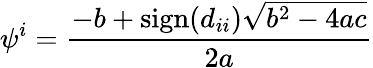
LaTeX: \psi^{i}=\frac{-b+\mathrm{sign}(d_{ii})\sqrt{b^{2}-4ac}}{2a}